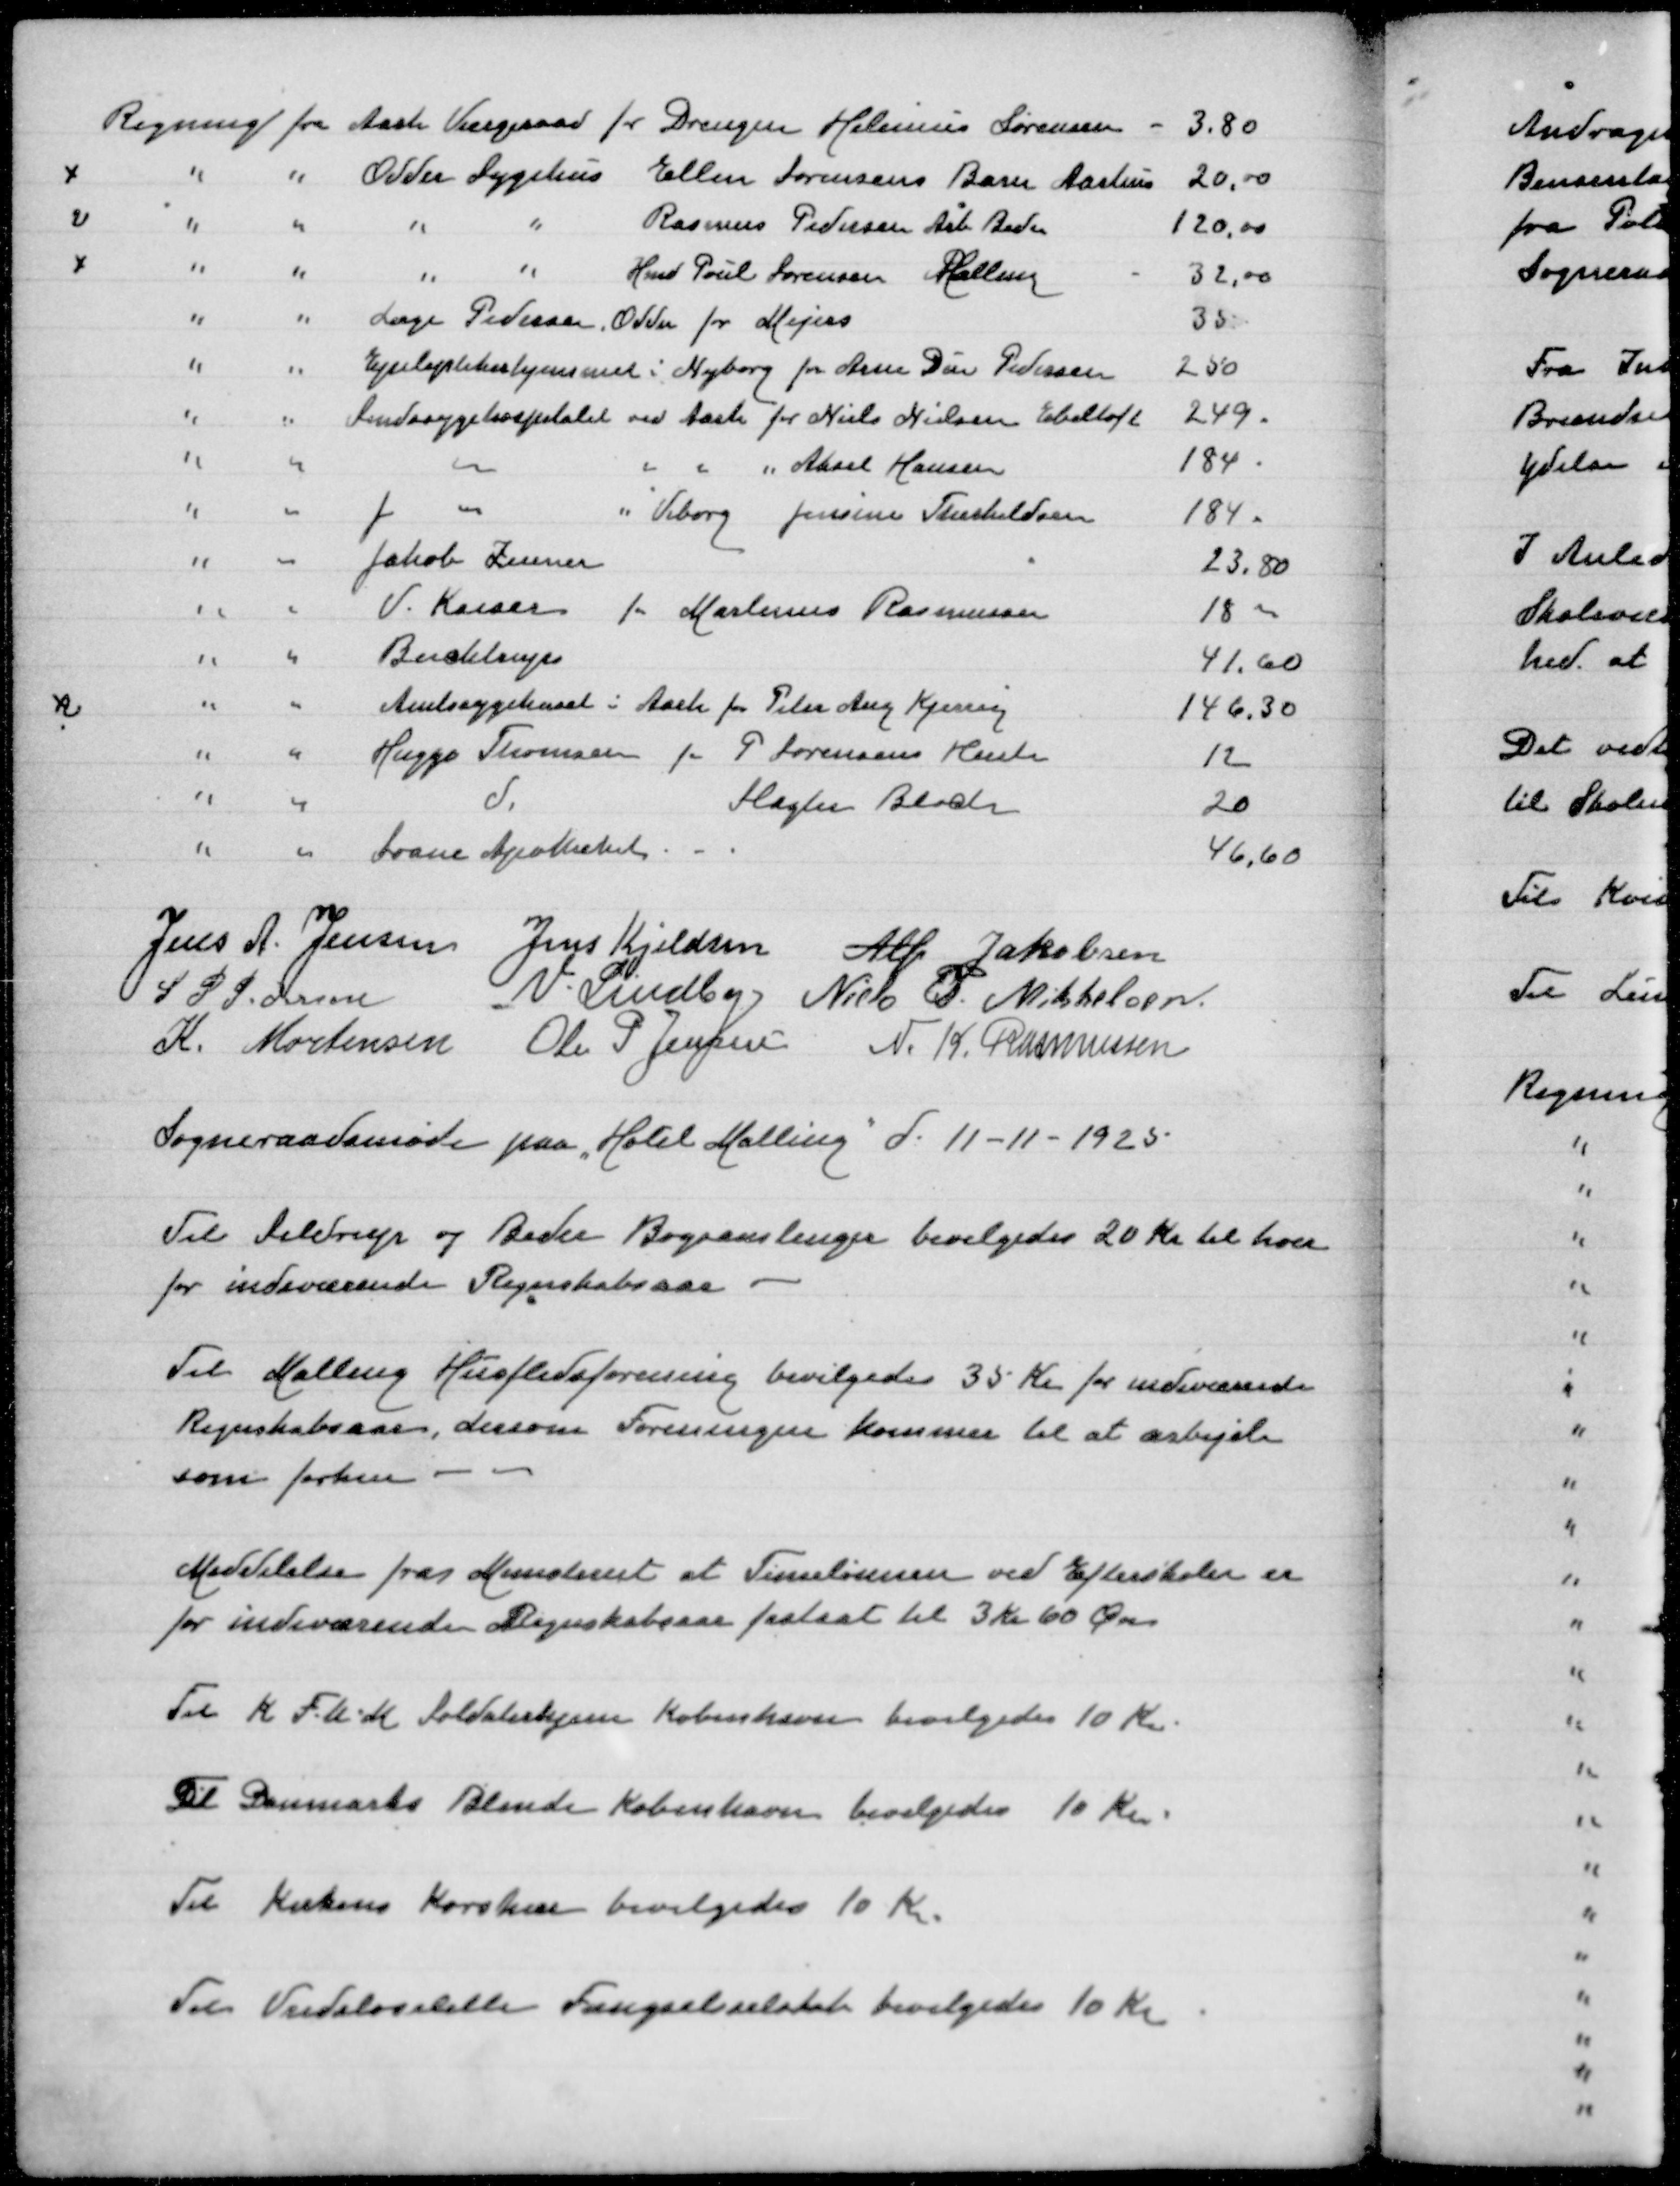
Transskription:
Regning fra Aarhus Værgeraad for Drengen Helenius Sørensen
3,80
" " Odder Sygerhus " Ellen Sørensens Barn Aarhus
20,00
" " " " Rasmus Pedersen Arb Beder
120,00
" " " " Hmd Poul Sørensen Malling
32,00
" " Læge Pedersen Odder for Mejers
35
" " Epilepsihjemmet i Nyborg for Arne Due Pedersen
250
" " Sindssygehospitalet ved Aarh for Niels Nielsen Ebeltoft
249
" " " " " " Aksel Hansen
184
" " J " " Viborg Jensine Therkildsen
184
" " Jakob Zeuner
23,80
" " V Kaiser for Martinus Rasmussen
18,00
" " Buchtrups
41,60
" " Amtssygehuset i Aarh Peter Aug Kjersig
146,30
" " Huggo Thomsen for P Sørensens Hustru
12
" " d Slagter Bloch
20
" " Svane Apotheket
46,60

Jens A Jensen
Jens Kjeldsen
Alfr Jakobsen
S P Pedersen
V Lindby
Niels P Mikkelsen
K Mortensen
Ole P Jensen
N K Rasmussen

Sogneraadsmøde paa Hotel Malling d 11-11-1925

Til Seldrup og Beder Bogsamlinger bevilgedes 20 Kr til hver
for indeværende Regnskabsaar

Til Malling Husflidsforening bevilgedes 35 Kr for indeværende
Regnskabsaar, dersom Foreningen kommer til at arbejde
som førhen

Meddelelse fra Ministeriet at Timelønnen ved Efterskolerer
for indeværende Regnskabsaar fastsat til 3 Kr 60 Øre

Til K F U M Soldaterhjem København bevilgedes 10 Kr

Til Danmarks Blinde København bevilgedes 10 Kr

Til Kirkens Korshær bevilgedes 10 Kr

Til Vridsløselille Fængselsselskab bevilgedes 10 Kr